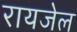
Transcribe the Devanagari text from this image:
रायजेल